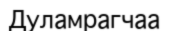
Дуламрагчаа